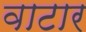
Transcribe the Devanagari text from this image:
वाटार